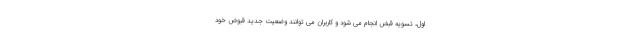
اول، تسویه قبض انجام می شود و کاربران می توانند وضعیت جدید قبوض خود